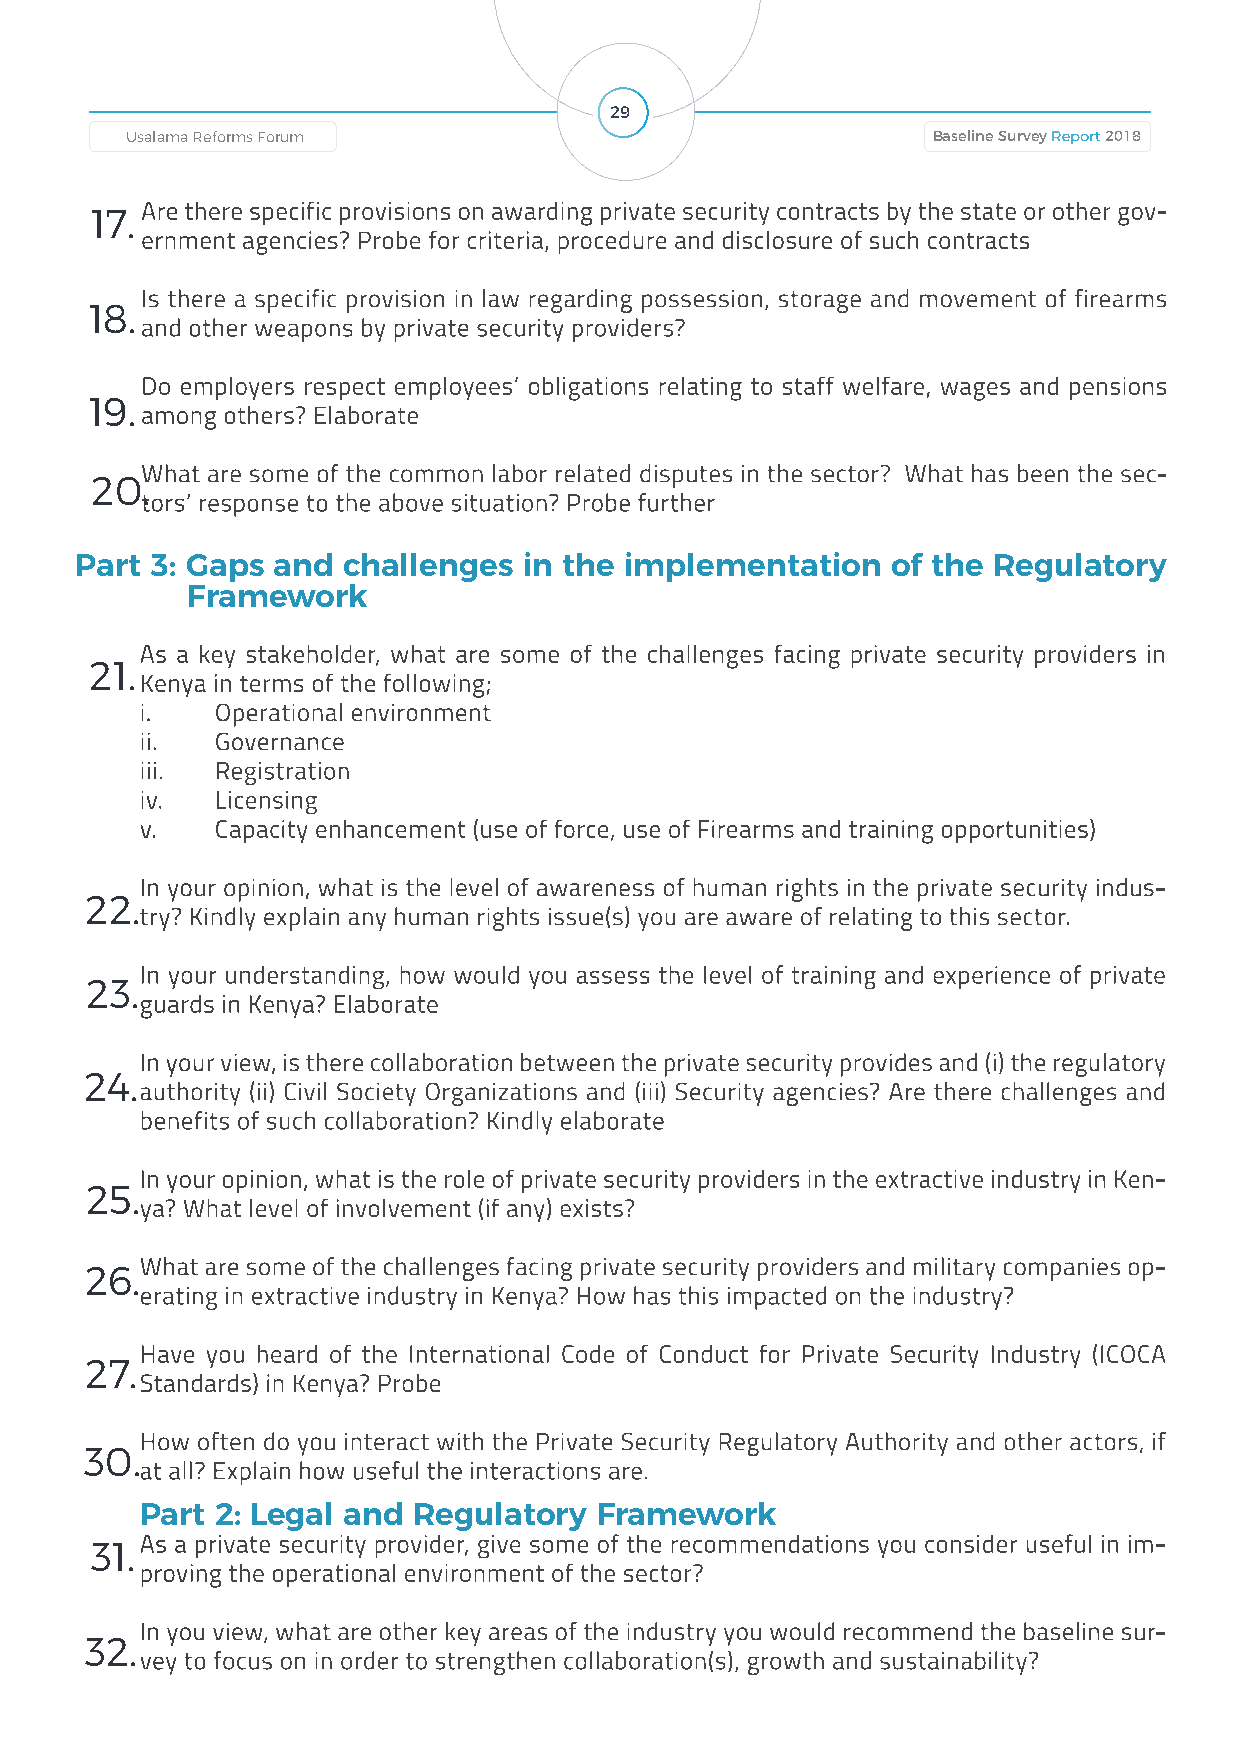
29
 Baseline Survey Report 2018 Usalama Reforms Forum Usalama Reforms Forum Baseline Survey Report 2018
 Are there specific provisions on awarding private security contracts by the state or other gov-
 17.
 ernment agencies? Probe for criteria, procedure and disclosure of such contracts
 Is there a specific provision in law regarding possession, storage and movement of firearms
 18.
 and other weapons by private security providers?
 Do employers respect employees’ obligations relating to staff welfare, wages and pensions
 19.
 among others? Elaborate
 What are some of the common labor related disputes in the sector? What has been the sec-
 20.
 tors’ response to the above situation? Probe further
 Part 3: Gaps and  challenges  in the implementation   of the Regulatory
 Framework
 As a key stakeholder, what are some of the challenges facing private security providers in
 21.
 Kenya in terms of the following;
 i.   Operational environment
 ii.  Governance
 iii. Registration
 iv.  Licensing
 v.   Capacity enhancement (use of force, use of Firearms and training opportunities)
 In your opinion, what is the level of awareness of human rights in the private security indus-
 22.
 try? Kindly explain any human rights issue(s) you are aware of relating to this sector.
 In your understanding, how would you assess the level of training and experience of private
 23.
 guards in Kenya? Elaborate
 In your view, is there collaboration between the private security provides and (i) the regulatory
 24.
 authority (ii) Civil Society Organizations and (iii) Security agencies? Are there challenges and
 benefits of such collaboration? Kindly elaborate
 In your opinion, what is the role of private security providers in the extractive industry in Ken-
 25.
 ya? What level of involvement (if any) exists?
 What are some of the challenges facing private security providers and military companies op-
 26.
 erating in extractive industry in Kenya? How has this impacted on the industry?
 Have you heard of the International Code of Conduct for Private Security Industry (ICOCA
 27.
 Standards) in Kenya? Probe
 How often do you interact with the Private Security Regulatory Authority and other actors, if
 30.
 at all? Explain how useful the interactions are.
 Part 2: Legal and Regulatory  Framework
 As a private security provider, give some of the recommendations you consider useful in im-
 31.
 proving the operational environment of the sector?
 In you view, what are other key areas of the industry you would recommend the baseline sur-
 32.
 vey to focus on in order to strengthen collaboration(s), growth and sustainability?